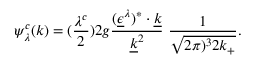
\psi _ { \lambda } ^ { c } ( k ) = ( { \frac { \lambda ^ { c } } { 2 } } ) 2 g { \frac { ( \underline { { { \epsilon } } } ^ { \lambda } ) ^ { \ast } \cdot \underline { { { k } } } } { \underline { { { k } } } ^ { 2 } } } \ { \frac { 1 } { \sqrt { 2 \pi ) ^ { 3 } 2 k _ { + } } } } .